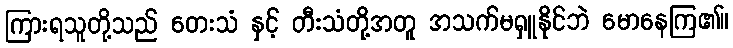
ကြားရသူတို့သည် တေးသံ နှင့် တီးသံတို့အတူ အသက်မရှူနိုင်ဘဲ မောနေကြ၏။